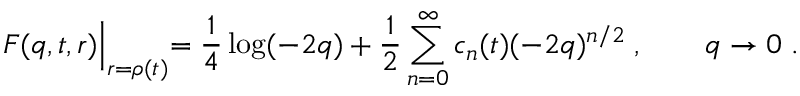
F ( q , t , r ) \Bigl | _ { r = \rho ( t ) } = \frac { 1 } { 4 } \log ( - 2 q ) + \frac { 1 } { 2 } \sum _ { n = 0 } ^ { \infty } c _ { n } ( t ) ( - 2 q ) ^ { n / 2 } \; , \qquad q \to 0 \; .